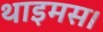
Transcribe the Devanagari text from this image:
थाइमस।